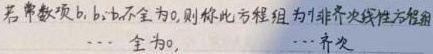
若常数项 \(b_1,b_2,\cdots\) 不全为 \(0\)，则称此方程组为非齐次线性方程组；若常数项 \(b_1,b_2,\cdots\) 全为 \(0\)，则称此方程组为齐次线性方程组。 （注：原图片中存在部分内容未显示完整，这里根据可识别部分完整表述了相关定义）